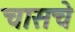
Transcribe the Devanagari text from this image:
चासचे